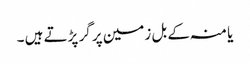
یا منہ کے بل زمین پر گر پڑتے ہیں ۔